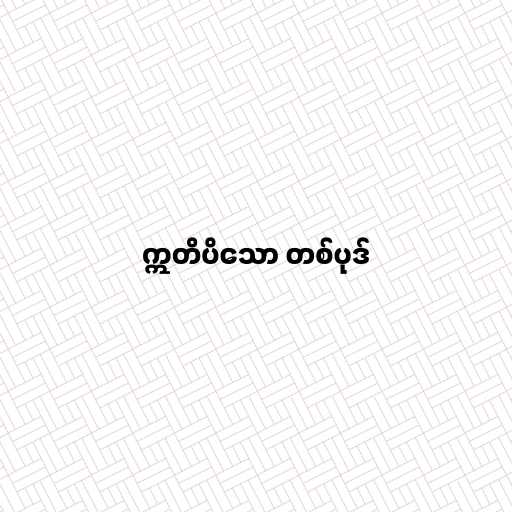
ဣတိပိသော တစ်ပုဒ်